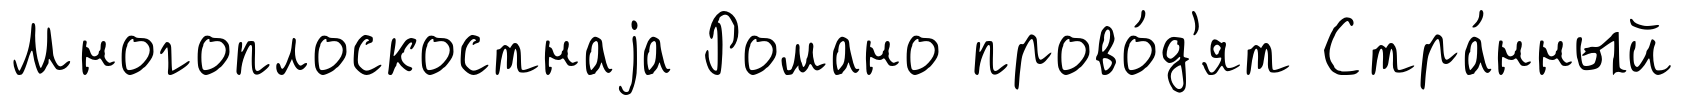
Многоплоскостнаjа Романо прово́д'ят Стра́нный